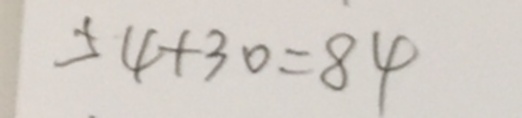
5 4 + 3 0 = 8 4